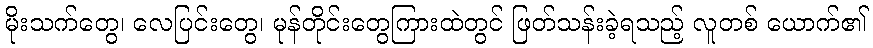
မိုးသက်တွေ၊ လေပြင်းတွေ၊ မုန်တိုင်းတွေကြားထဲတွင် ဖြတ်သန်းခဲ့ရသည့် လူတစ် ယောက်၏